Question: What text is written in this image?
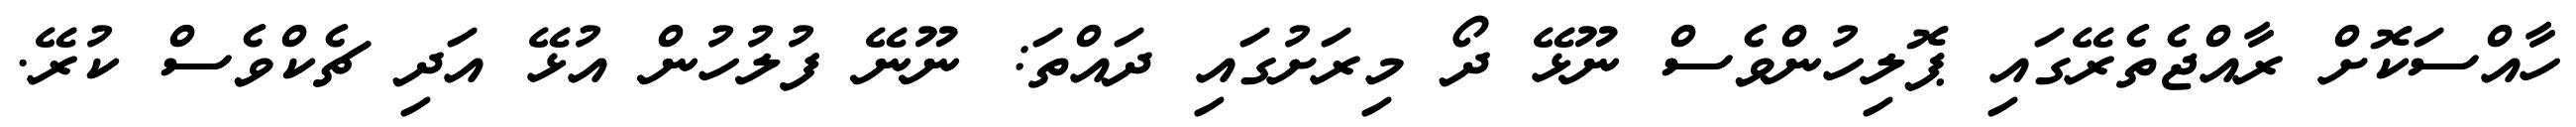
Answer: ހާއްސަކޮށް ރާއްޖެތެރޭގައި ޕޮލިހުންވެސް ނޫޅޭ ދޯ މިރަށުގައި ދައްތަ: ނޫނޭ ފުލުހުން އުޅޭ އަދި ޗެކްވެސް ކުރޭ.